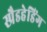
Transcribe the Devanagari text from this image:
स्प्रैडहेडिंग